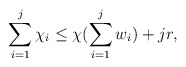
\begin{align*}\sum\limits_{i=1}^j \chi_i \leq \chi(\sum\limits_{i=1}^j w_i) + jr,\end{align*}